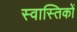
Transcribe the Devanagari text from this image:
स्वास्तिकों